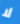
لا